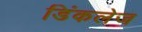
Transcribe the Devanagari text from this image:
डिंकलेज